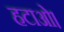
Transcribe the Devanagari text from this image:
हटाओ।